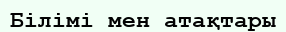
Білімі мен атақтары